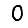
Digit: 0